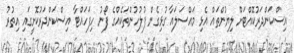
އިސްކަންދަރުކޮއްޓަށް ލިޔުންތައް އެޅި މައްސަލައާ ގުޅިގެން ފުލުހުންތަކެއްގެ ފޯނު ހިފަހައްޓާ އިސްކަންދަރުކޮށީގައި އިތުރު